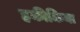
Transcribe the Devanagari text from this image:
हकीकिया